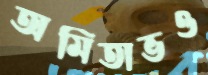
অমিতাভও